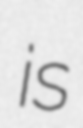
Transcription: is